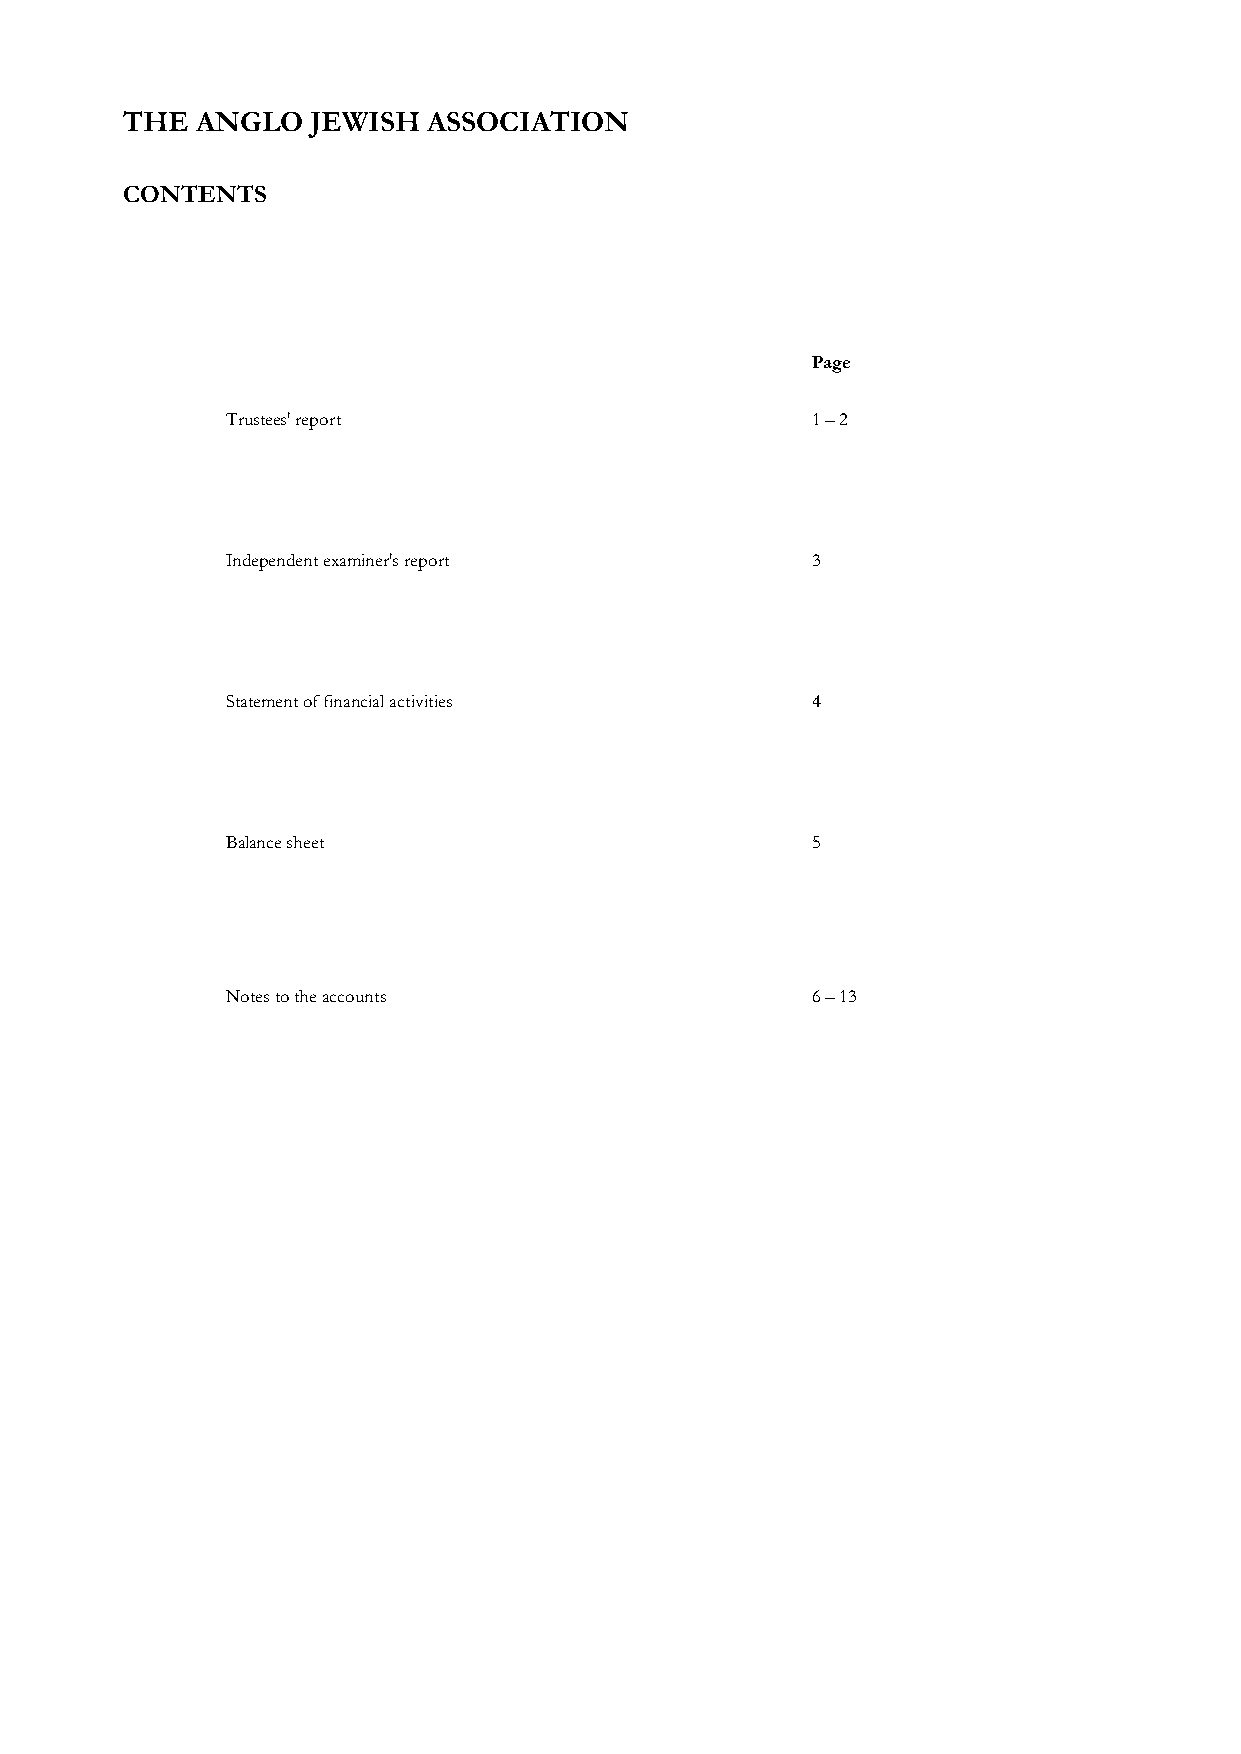
THE  ANGLO   JEWISH ASSOCIATION
 CONTENTS
 Page
 Trustees' report                       1 – 2
 Independent examiner's report          3
 Statement of financial activities      4
 Balance sheet                          5
 Notes to the accounts                  6 – 13